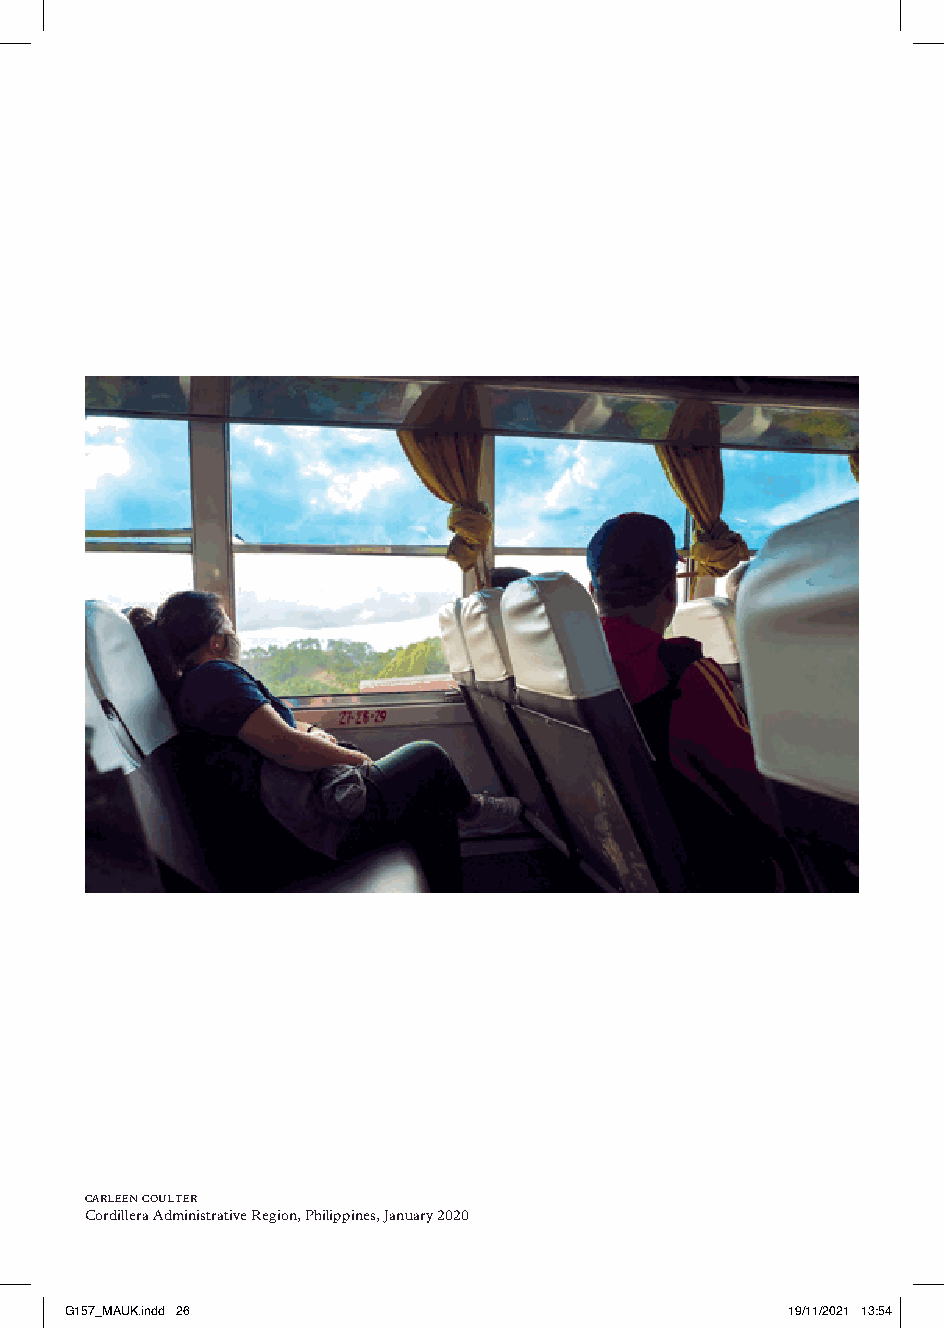
carleen coulter
 Cordillera Administrative Region, Philippines, January 2020
 GG115577__MMAAUUKK..iinndddd 2266               1199//1111//22002211 1133::5544